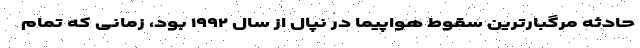
حادثه مرگبارترین سقوط هواپیما در نپال از سال ۱۹۹۲ بود، زمانی که تمام